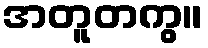
အတူတကွ။